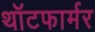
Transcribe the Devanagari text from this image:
थॉटफार्मर